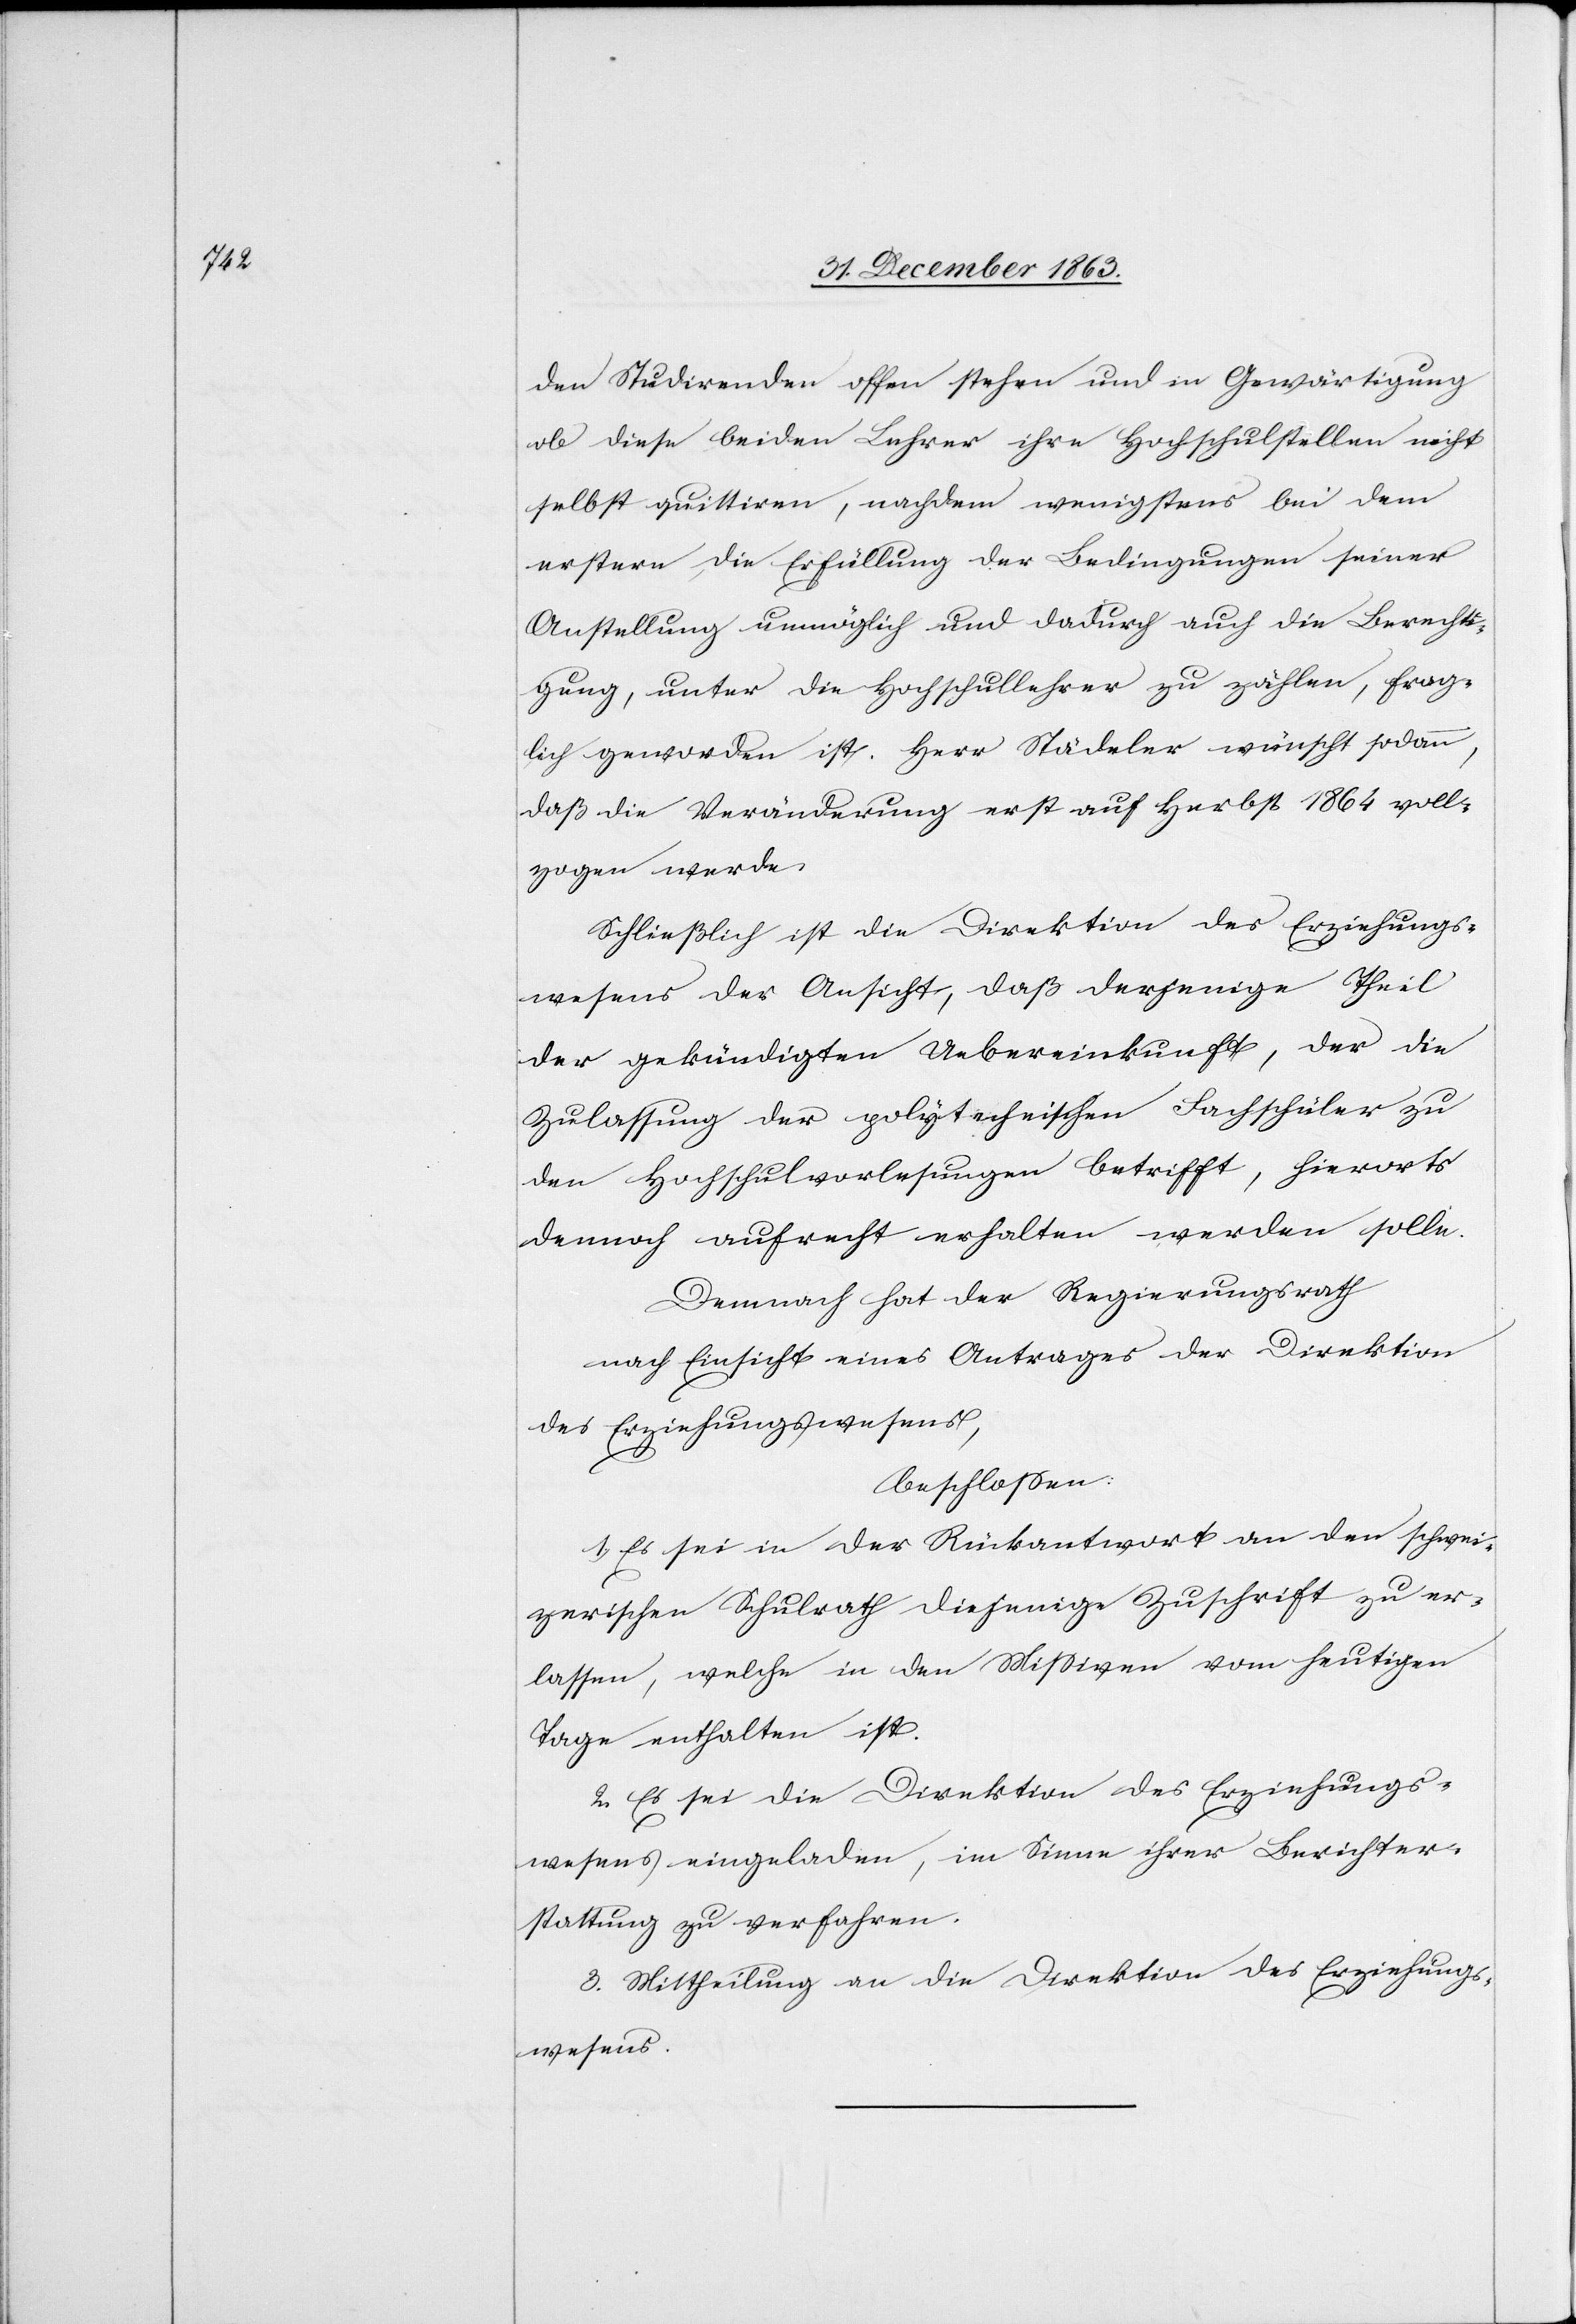
den Studirenden offen stehen und in Gewärtigung
ob diese beiden Lehrer ihre Hochschulstellen nicht
selbst quittiren, nachdem wenigstens bei dem
erstern die Erfüllung der Bedingungen seiner
Anstellung unmöglich und dadurch auch die Berechti¬
gung, unter die Hochschullehrer zu zählen, frag¬
lich geworden ist. Herr Städeler wünscht sodann,
daß die Veränderung erst auf Herbst 1864 voll¬
zogen werde.
Schließlich ist die Direktion des Erziehungs¬
wesens der Ansicht, daß derjenige Theil
der gekündigten Uebereinkunft, der die
Zulassung der polytechnischen Fachschüler zu
den Hochschulvorlesungen betrifft, hierorts
dennoch aufrecht erhalten werden solle.
Demnach hat der Regierungsrath
nach Einsicht eines Antrages der Direktion
des Erziehungswesens,
beschlossen:
1. Es sei in der Rückantwort an den schwei¬
zerischen Schulrath diejenige Zuschrift zu er¬
lassen, welche in den Missiven vom heutigen
Tage enthalten ist.
2. Es sei die Direktion des Erziehungs¬
wesens eingeladen, im Sinne ihrer Berichter¬
stattung zu verfahren.
3. Mittheilung an die Direktion des Erziehungs¬
wesens.